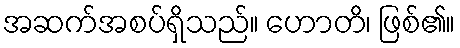
အဆက်အစပ်ရှိသည်။ ဟောတိ၊ ဖြစ်၏။